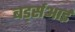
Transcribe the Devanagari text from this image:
बर्ड्सआई